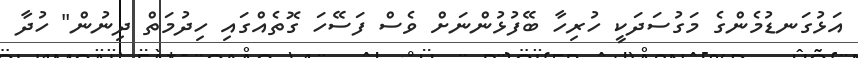
އަޅުގަނޑުމެންގެ މަގުސަދަކީ ހުރިހާ ބޭފުޅުންނަށް ވެސް ފަސޭހަ ގޮތެއްގައި ހިދުމަތް ދިނުން" ހުދާ